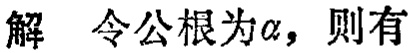
解 令公根为\(\alpha\)，则有